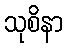
သုစိနာ